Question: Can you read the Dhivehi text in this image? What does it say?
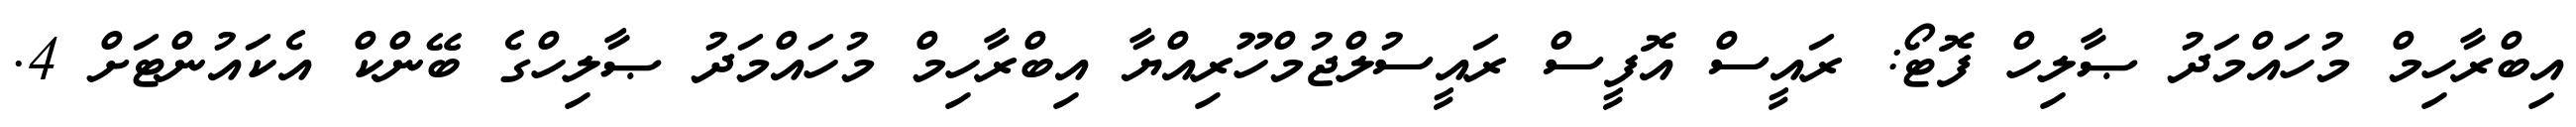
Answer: އިބްރާހިމް މުހައްމަދު ޞާލިހް ފޮޓޯ: ރައީސް އޮފީސް ރައީސުލްޖުމްހޫރިއްޔާ އިބްރާހިމް މުހައްމަދު ޞާލިހްގެ ބޭންކް އެކައުންޓަށް 4.